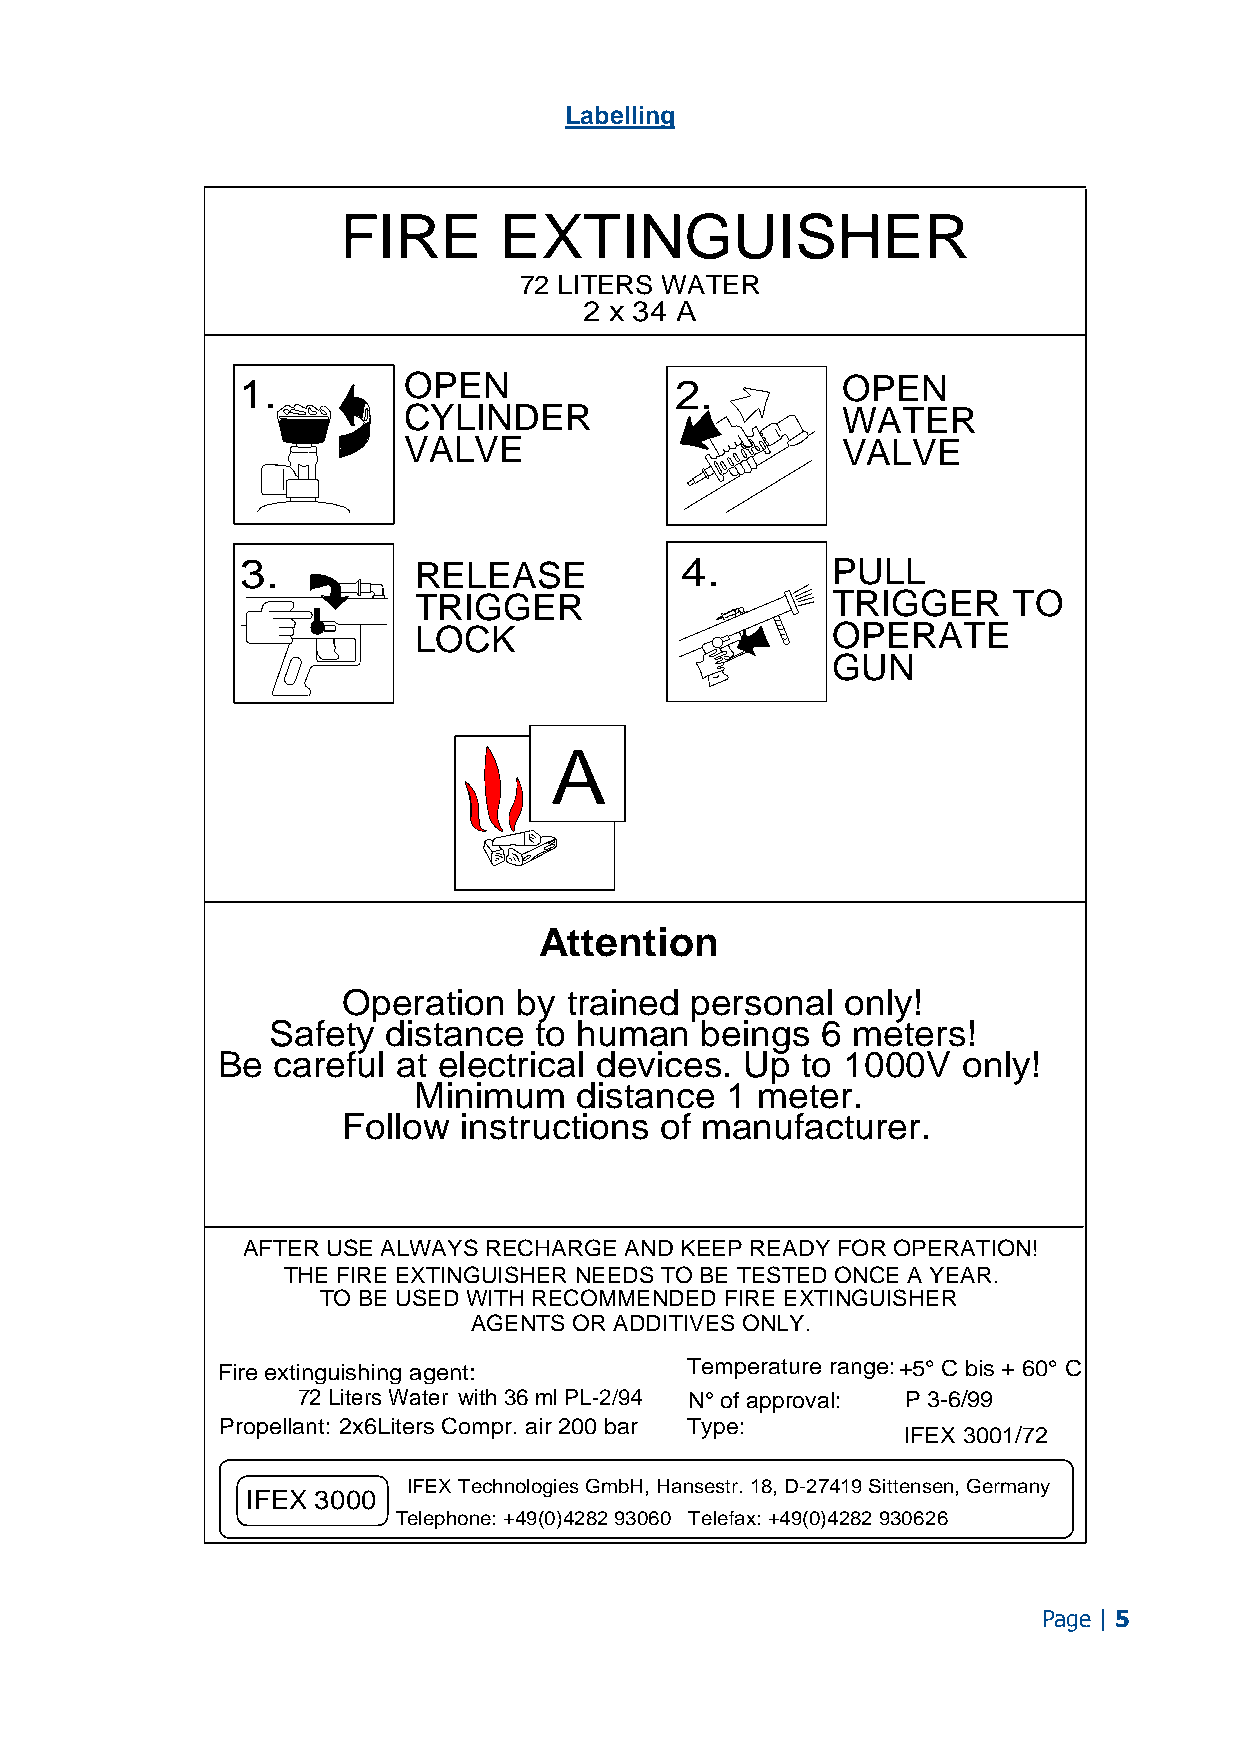
Labelling
 FIRE      EXTINGUISHER
 72 LITERS WATER
 2 x 34 A
 1.         OPEN              2.         OPEN
 CYLINDER                     WATER
 VALVE                        VALVE
 3.         RELEASE           4.        PULL
 TRIGGER                     TRIGGER     TO
 LOCK                        OPERATE
 GUN
 A
 Attention
 Operation  by  trained personal  only!
 Safety  distance to human   beings  6 meters!
 Be  careful at electrical devices. Up  to 1000V   only!
 Minimum   distance  1 meter.
 Follow  instructions of manufacturer.
 AFTER USE ALWAYS RECHARGE AND KEEP READY FOR OPERATION!
 THE FIRE EXTINGUISHER NEEDS TO BE TESTED ONCE A YEAR.
 TO BE USED WITH RECOMMENDED FIRE EXTINGUISHER
 AGENTS OR ADDITIVES ONLY.
 Fire extinguishing agent:      Temperature range:+5° C bis + 60° C
 72 Liters Water with 36 ml PL-2/94 N° of approval: P 3-6/99
 Propellant: 2x6Liters Compr. air 200 bar Type:
 IFEX 3001/72
 IFEX Technologies GmbH, Hansestr. 18, D-27419 Sittensen, Germany
 IFEX 3000
 Telephone: +49(0)4282 93060 Telefax: +49(0)4282 930626
 Page | 5